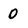
Character: 0